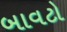
બાવટો